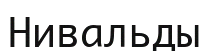
Нивальды